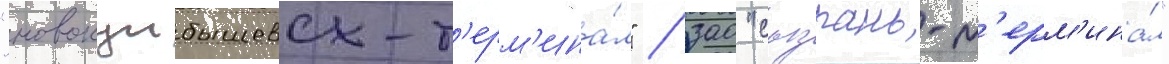
"новокуибышевск-т'ерм'ина́л" / зао "сызрань-т'ерм'ина́л"